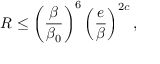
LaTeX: R \leq \left( \frac { \beta } { \beta _ { 0 } } \right) ^ { 6 } \left( \frac { e } { \beta } \right) ^ { 2 c } ,